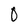
Character: 0